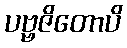
ပဗ္ဗဇိတောပိ